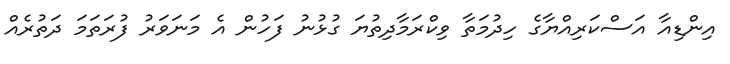
އިންޑިއާ އަސްކަރިއްޔާގެ ހިދުމަތާ ވިކްރަމާދިތުޔަ ގުޅުނު ފަހުން އެ މަނަވަރު ފުރަތަމަ ދަތުރެއް